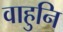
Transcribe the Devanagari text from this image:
वाहुनि